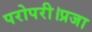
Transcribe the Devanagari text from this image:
परोपरी।प्रजा